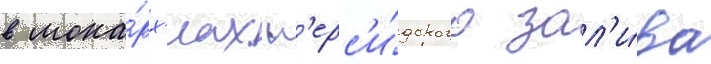
в мона́рх'иах п'ерс'и́дского зал'и́ва